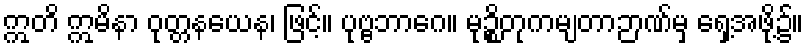
ဣတိ ဣမိနာ ဝုတ္တနယေန၊ ဖြင့်။ ပုဗ္ဗဘာဂေ။ မုဉ္စိတုကမျတာဉာဏ်မှ ရှေ့အဖို့၌။